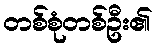
တစ်စုံတစ်ဦး၏